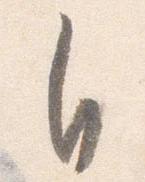
自